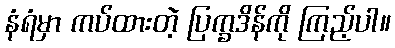
နံရံမှာ ကပ်ထားတဲ့ ပြက္ခဒိန်ကို ကြည့်ပါ။